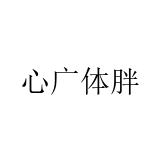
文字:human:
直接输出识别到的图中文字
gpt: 心广体胖